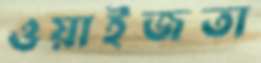
ওয়াইজতা